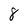
Character: 8